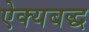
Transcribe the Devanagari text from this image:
ऐक्यबद्ध